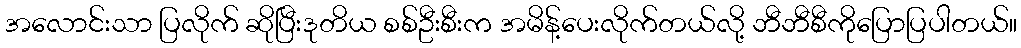
အလောင်းသာ ပြလိုက် ဆိုပြီးဒုတိယ စစ်ဦးစီးက အမိန့်ပေးလိုက်တယ်လို့ ဘီဘီစီကိုပြောပြပါတယ်။